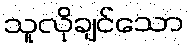
သူလိုချင်သော